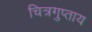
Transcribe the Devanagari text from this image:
चित्रगुप्ताय